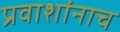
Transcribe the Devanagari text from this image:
प्रवाशांनाच